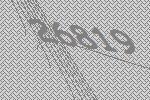
26819